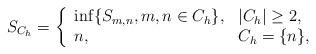
LaTeX: \begin{align*}S_{C_h}= \left \{\begin{array}{ll} \inf \{S_{m,n}, m, n \in C_h\}, & |C_h| \geq 2 , \\ n, & C_h =\{n \},\\\end{array} \right .\end{align*}